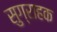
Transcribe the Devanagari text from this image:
सुग्राहक